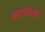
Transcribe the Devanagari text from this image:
सागरातच